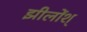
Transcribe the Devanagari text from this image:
झीलोंश्